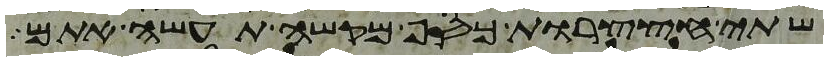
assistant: שתי חצצרות כסף מקשה תעשה אתם